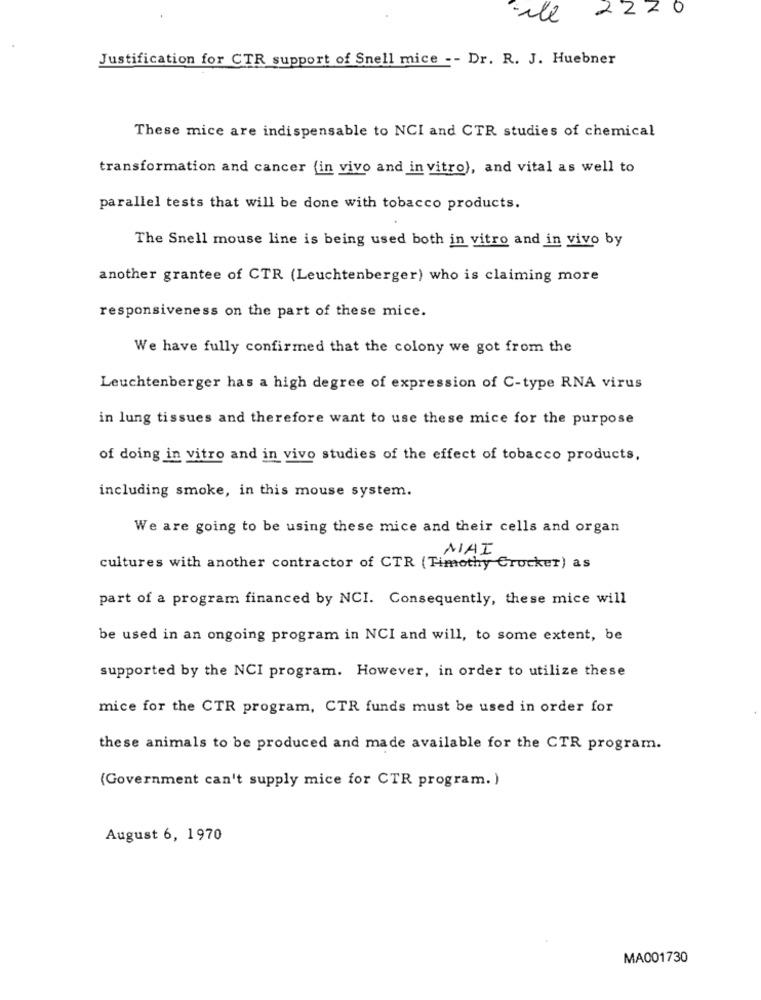
2220
ill
Justification for CTR support of Snell mice -- Dr. R. J. Huebner
These mice are indispensable to NCI and CTR studies of chemical
transformation and cancer (in vivo and in vitro), and vital as well to
parallel tests that will be done with tobacco products.
The Snell mouse line is being used both in vitro and in vivo by
another grantee of CTR (Leuchtenberger) who is claiming more
responsiveness on the part of these mice.
We have fully confirmed that the colony we got from the
Leuchtenberger has a high degree of expression of C-type RNA virus
in lung tissues and therefore want to use these mice for the purpose
of doing in vitro and in vivo studies of the effect of tobacco products,
including smoke, in this mouse system.
We are going to be using these mice and their cells and organ
MAI
cultures with another contractor of CTR (Timothy Crocker) as
part of a program financed by NCI. Consequently, these mice will
be used in an ongoing program in NCI and will, to some extent, be
supported by the NCI program. However, in order to utilize these
mice for the CTR program, CTR funds must be used in order for
these animals to be produced and made available for the CTR program.
(Government can't supply mice for CTR program. )
August 6, 1970
MA001730